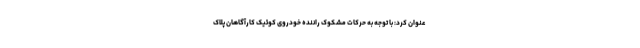
عنوان کرد: با توجه به حرکات مشکوک راننده خودروی کوئیک کارآگاهان پلاک